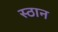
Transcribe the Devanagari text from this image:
स्ठान